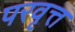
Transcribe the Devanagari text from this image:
परवृत्त